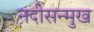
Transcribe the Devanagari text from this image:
नदीसन्मुख